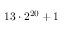
1 3 \cdot 2 ^ { 2 0 } + 1